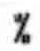
%